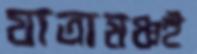
যাত্রামঞ্চই